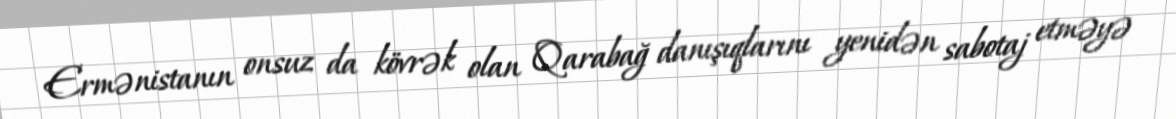
Ermənistanın onsuz da kövrək olan Qarabağ danışıqlarını yenidən sabotaj etməyə